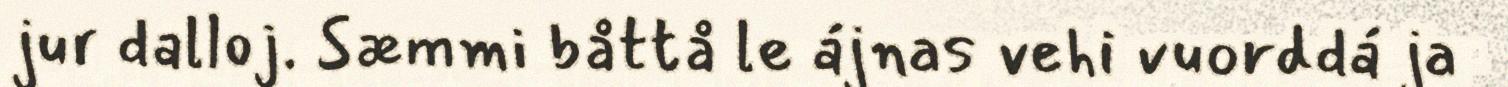
jur dalloj. Sæmmi båttå le ájnas vehi vuorddá ja